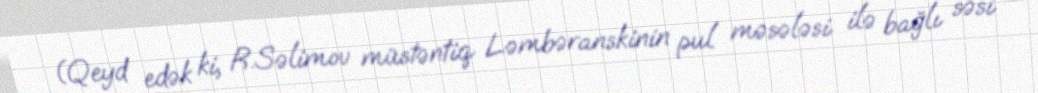
(Qeyd edək ki, R.Səlimov müstəntiq Ləmbəranskinin pul məsələsi ilə bağlı səsi